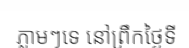
ភ្លាមៗទេ នៅព្រឹកថ្ងៃទី